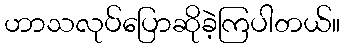
ဟာသလုပ်ပြောဆိုခဲ့ကြပါတယ်။